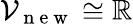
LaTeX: \mathcal{V}_{\mathrm{~n~e~w~}}\cong\mathbb{R}